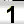
Digit: 1